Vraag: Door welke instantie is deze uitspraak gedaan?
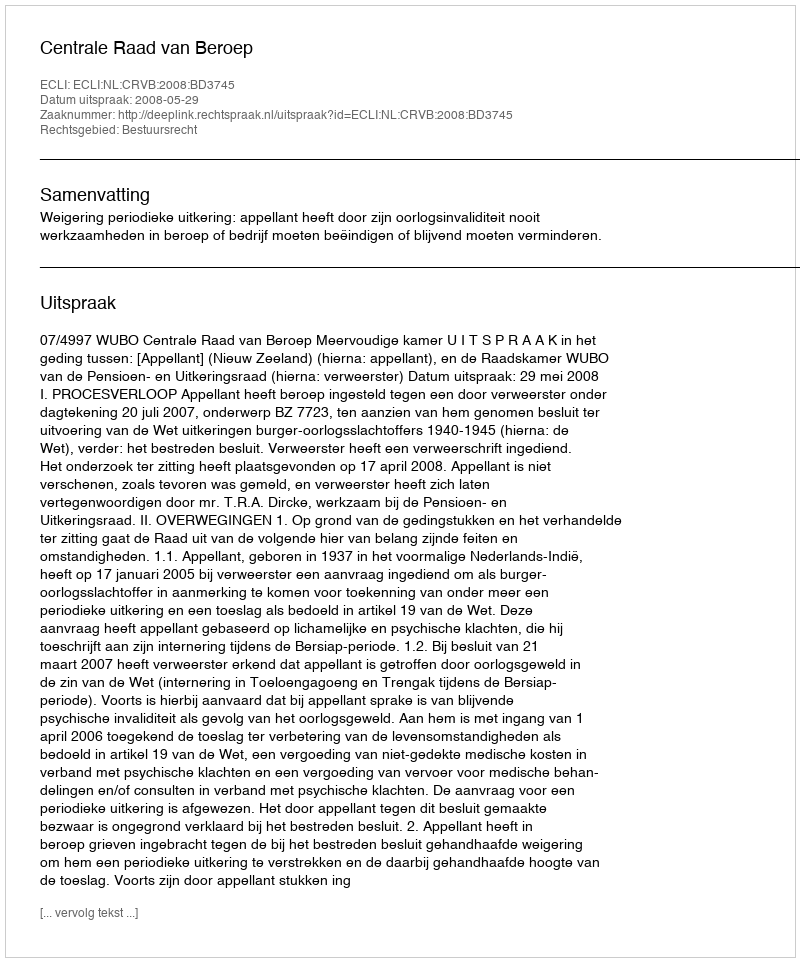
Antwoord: Centrale Raad van Beroep